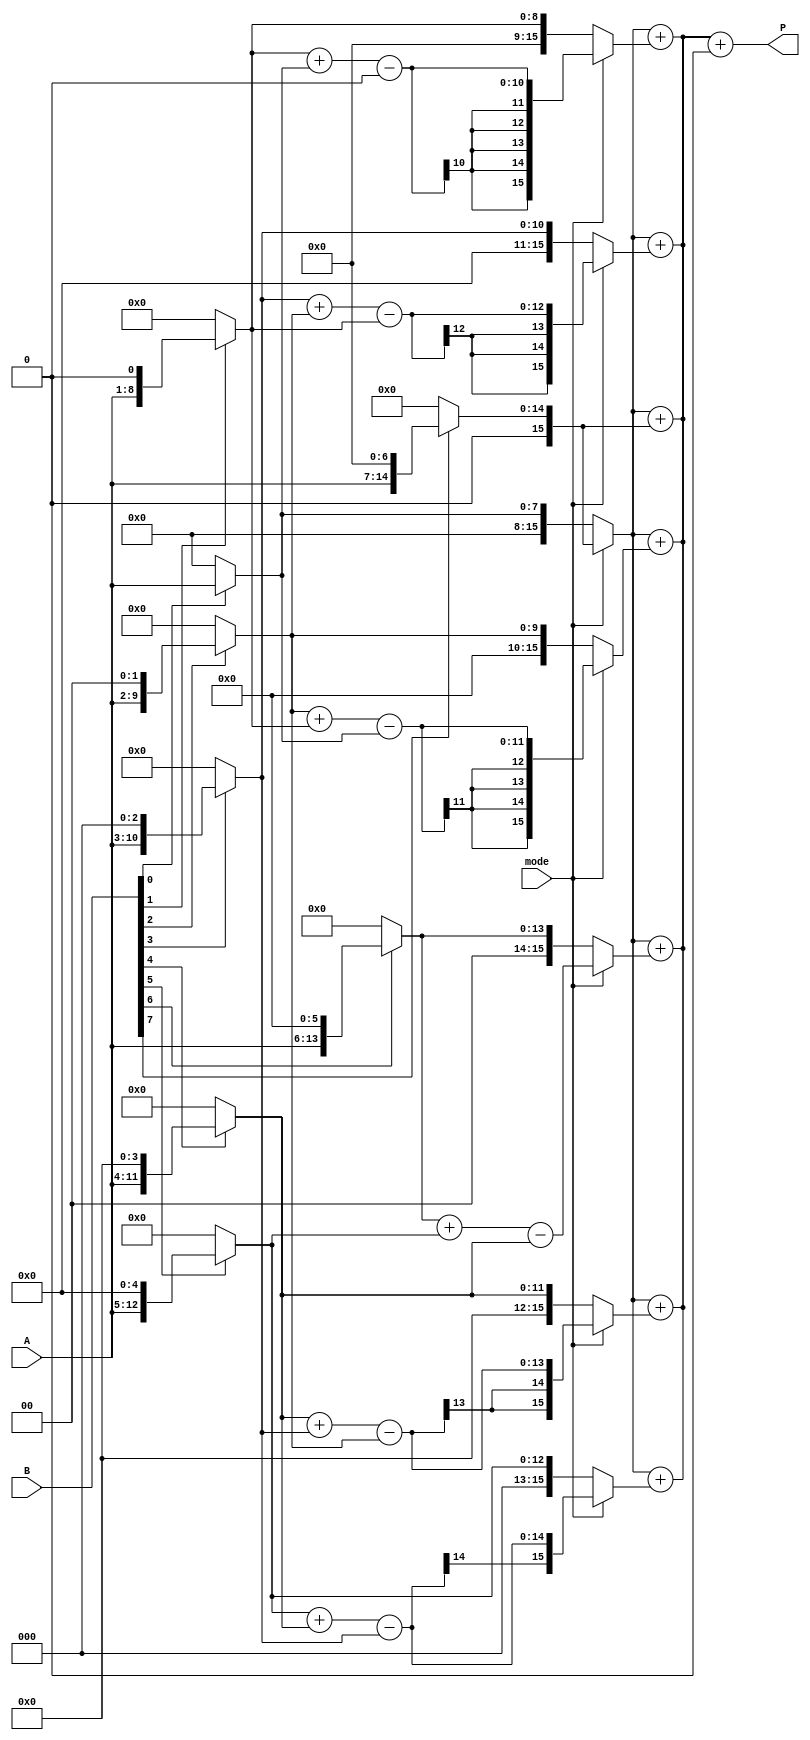
module DualModeWallaceTreeMultiplier #(parameter n = 8) (
    input [n-1:0] A,           // First multiplicand
    input [n-1:0] B,           // Second multiplicand
    input mode,                // Control signal for mode selection
    output reg [2*n-1:0] P     // Product output
);

    // Internal signals for partial products
    wire [2*n-1:0] pp [0:n-1]; // Partial products
    wire [2*n-1:0] booth_pp [0:n-1]; // Booth's partial products
    wire [2*n-1:0] sum;        // Sum of partial products
    wire [2*n-1:0] carry;      // Carry from addition

    // Generate Partial Products for Standard Mode
    generate
        genvar i;
        for (i = 0; i < n; i = i + 1) begin : pp_gen
            assign pp[i] = (B[i] ? (A << i) : 0);
        end
    endgenerate

    // Generate Partial Products for Booth's Mode
    // Booth's algorithm requires handling pairs of bits
    generate
        for (i = 0; i < n; i = i + 1) begin : booth_gen
            if (i == 0) begin
                assign booth_pp[i] = (B[0] ? A : 0);
            end else if (i == n-1) begin
                assign booth_pp[i] = (B[i] ? (A << i) : 0);
            end else begin
                assign booth_pp[i] = (B[i] ? (A << i) : 0) + 
                                      (B[i-1] ? (A << (i-1)) : 0) -
                                      (B[i-2] ? (A << (i-2)) : 0);
            end
        end
    endgenerate

    // Wallace Tree Reduction Logic
    // This is a simplified version of Wallace Tree reduction
    // You may need to implement a full Wallace tree structure
    wire [2*n-1:0] reduced_sum;
    wire [2*n-1:0] reduced_carry;

    assign sum = mode ? booth_pp[n-1] : pp[0]; // Start with the first partial product
    assign carry = 0; // Initialize carry

    // Reduction stages (simplified)
    generate
        for (i = 1; i < n; i = i + 1) begin : reduction
            assign reduced_sum = sum + (mode ? booth_pp[i] : pp[i]);
            assign reduced_carry = carry; // Update carry if needed
        end
    endgenerate

    // Final addition to get the product
    always @(*) begin
        if (mode) begin
            // Booth's mode final addition
            P = reduced_sum + reduced_carry; // Adjust for sign if necessary
        end else begin
            // Standard mode final addition
            P = reduced_sum + reduced_carry;
        end
    end

endmodule